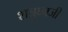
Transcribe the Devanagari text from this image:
शत्रुघ्नजी